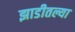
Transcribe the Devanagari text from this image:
झाडीतल्या